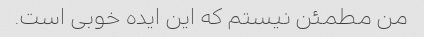
من مطمئن نیستم که این ایده خوبی است.